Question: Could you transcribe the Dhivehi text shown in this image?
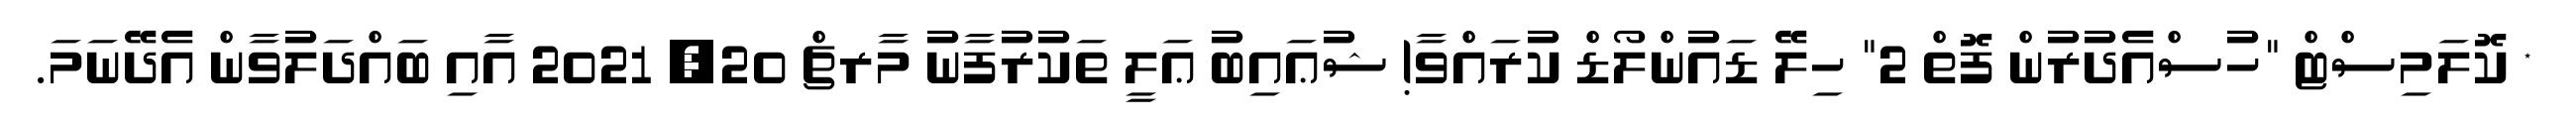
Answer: * ކޮލަމިސްޓް "ހުސްއެދުރުން ފޮތް 2" ހިލޭ ޑައުންލޯޑް ކުރައްވާ! ޝުޢައިބު ޢަލީ ތަކުރުފާނު މާރޗް 20, 2021 އާއި ބައްދަލުވާން އެދޭނަމަ.